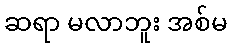
ဆရာ မလာဘူး အစ်မ